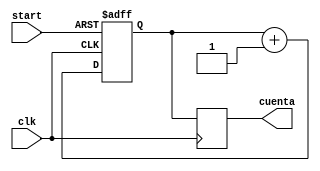
// This program was cloned from: https://github.com/jferrer08/latinpractice
// License: Apache License 2.0

`timescale 1ns / 1ps

module contadorTDC(start, clk, cuenta);

input start;
input clk;

output reg [7:0] cuenta;

reg [7:0] q;


always @(posedge clk, negedge start)
begin
	if (start == 0)
		q <= 0;
	else
		q <= q + 1'b1;
end

always @(posedge clk)
begin
	cuenta <= q;
end

endmodule